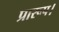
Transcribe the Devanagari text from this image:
प्रारूप।